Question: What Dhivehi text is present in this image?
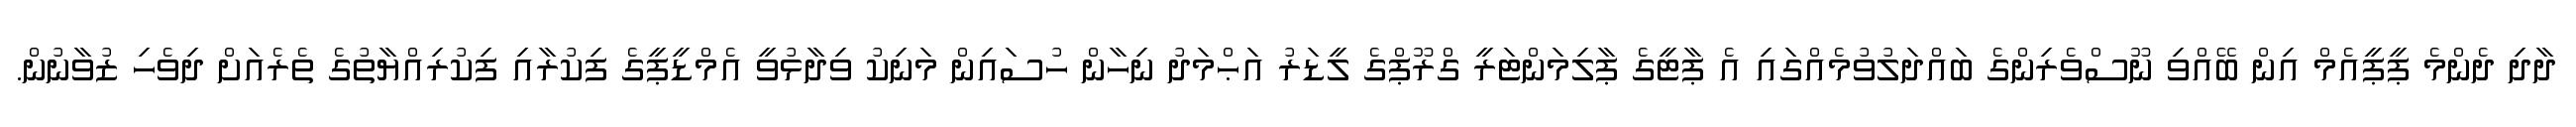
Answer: ދާދި ދެންމެ ޕީޕީއެމް އިން ބޭއްވި ނޫސްވެރިންގެ ބައްދަލުވުމެއްގައި އެ ޕާޓީގެ ޕާލިމަންޓަރީ ގްރޫޕްގެ ލީޑަރު އަޙްމަދު ނިހާން ހުސައިން މަނިކު ވިދާޅުވީ އެމްޑީޕީގެ ފިކުރާއި ފިކުރިއްޔާތުގެ ތެރެއަށް ދިވެހި ޒުވާނުން.